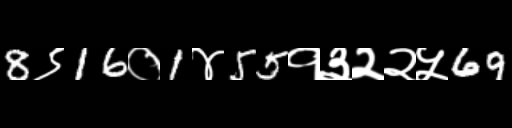
Text: 8९16०1४55१३२२५69